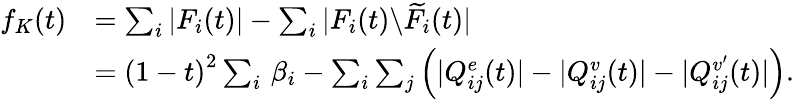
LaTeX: \begin{array}{rl}{f_{K}(t)}&{=\sum_{i}|F_{i}(t)|-\sum_{i}|F_{i}(t)\backslash\widetilde{F}_{i}(t)|}\\ &{=\left(1-t\right)^{2}\sum_{i}\, \beta_{i}-\sum_{i}\sum_{j}\left(|Q_{ij}^{e}(t)|-|Q_{ij}^{v}(t)|-|Q_{ij}^{v^{\prime}}(t)|\right).}\end{array}